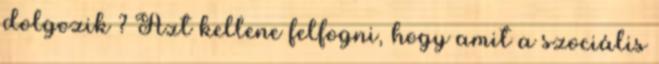
dolgozik ? Azt kellene felfogni, hogy amit a szociális